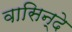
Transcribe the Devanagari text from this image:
वासिन्दे